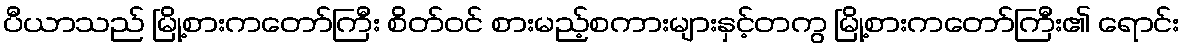
ပီယာသည် မြို့စားကတော်ကြီး စိတ်ဝင် စားမည့်စကားများနှင့်တကွ မြို့စားကတော်ကြီး၏ ရောင်း